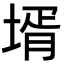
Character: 壻